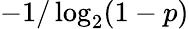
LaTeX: -1/\log_{2}(1-p)